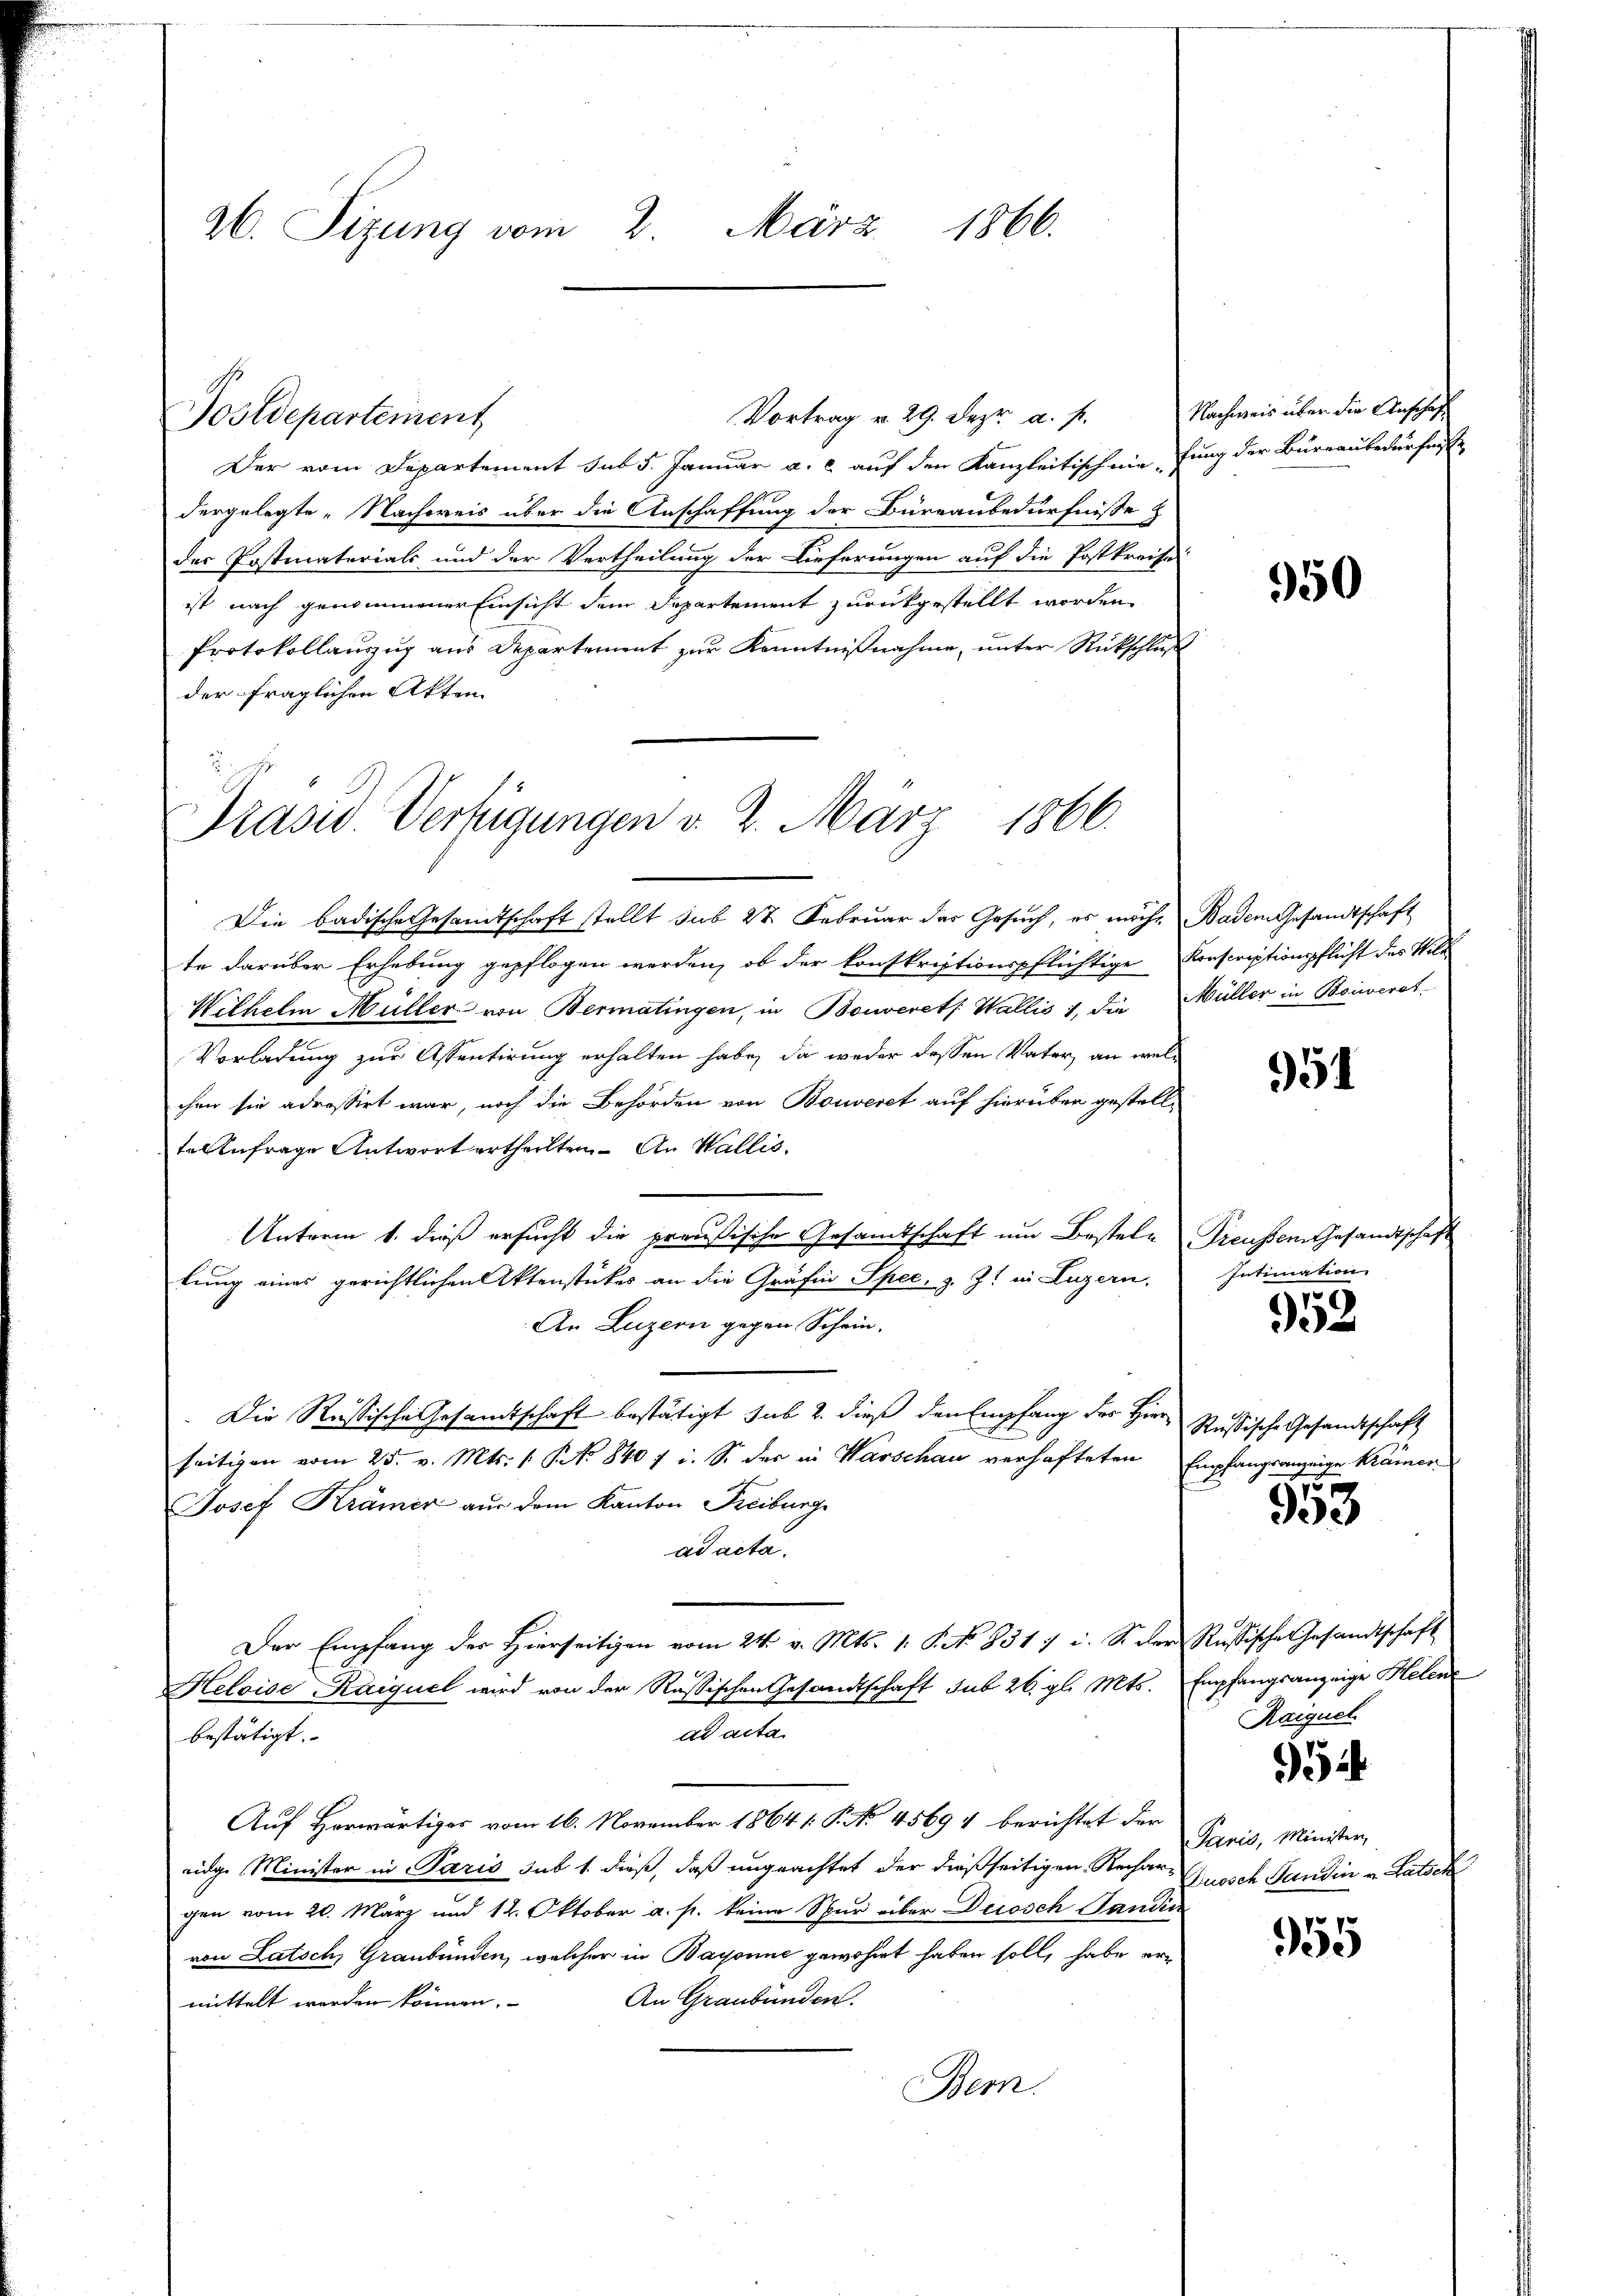
26. Sizung vom 2. März 1866.

Postdepartement

Der vom Departement sub 5. Januar a. c. auf den Kanzleitisch nie fung der Büreaubedürfnisse
dergelegte „Nachweis über die Anschaffung der Büreaubedürfnisse z
der Postmaterials und der Vertheilung der Lieferungen auf die Postkreife
ist nach genommener Einsicht dem Departement zurückgestellt worden
Protokollauszug aus Departement zur Kenntnißnahme, unter Rückschluß
der fraglichen Akten

Vortrag v. 29. Dez. a. p.

Prasiv. Verfügungen d. 2. März 1866.

Die badische Gesandtschaft stellt sub 27. Februar der Gesuch, es möcht Baden Gesandtschaft
te darüber Erhebung gepflogen werden, ob der konskriptionspflichtige Konscriptionspflicht des Wil-
Wilhelm Müller von Bermatingen, in Bonveret Wallis 1, die Müller in Beiweret
Vorladung zur Assentirung erhalten habe, da weder dessen Vater, an welchen sie adressirt war, noch die Behörden von Bouveret auf hierüber gestell-
te Anfrage Antwort ertheilten. An Wallis.
Unterm 1. dieß ersucht die preußische Gesamtschaft um Bestele Treusser Gesandtschaft
lung eines gerichtlichen Aktenstückes an die Gräfin Spec, z. Z. in Luzern,
An Luzern gegen Schein-
Die Russische Gesamtschaft bestätigt, sub 2. dieß den Empfang des Herrn Rußische Gesandtschaft
seitigen vom 25. v. Mts. 1. No 840 / i. S. der in Warschau verhafteten Empfangsanzeige Krämer
Josef Krämer aus dem Kanton Freiburge
ad acta.
Der Empfang der Hierseitigen vom 24. v. Mts. 1. P. No. 8317 u. S. der Russische Gesandtschaft
Heloise Kaiquel wird von der Rußischen Gesandtschaft sub 26. gl. Mts. Empfangsanzeige Helenz
ad acta.
bestätigt.
Auf Herwärtiges vom 16. November 1864 /: P. No. 45694 berichtet der
eige Minister in Paris sub 1. dieß, daß ungeachtet der dießseitigen Rechar Aussch Sandin v. Ratsek
gen vom 20. März und 12. Oktober a. p. keine Spur über Decosch Panden
von Latsch, Graubünden, welcher in Bayonne gewohnt haben soll, habe er¬
An Graubünden.
mittelt werden können.
Bern.

Nachweis über die Anschaff

950

951

Intimation

53

f

953

Raiguel

524

Paris, Minister,

955